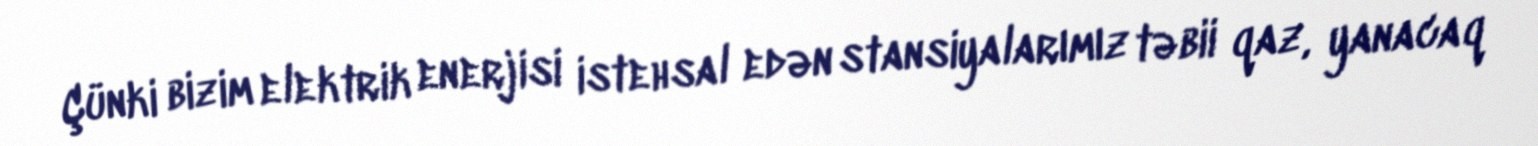
Çünki bizim elektrik enerjisi istehsal edən stansiyalarımız təbii qaz, yanacaq